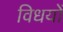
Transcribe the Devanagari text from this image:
विधयों